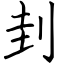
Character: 刲